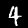
Digit: 4